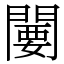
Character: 闄